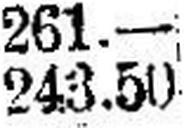
243.50